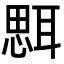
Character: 𦖷